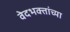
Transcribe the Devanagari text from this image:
वेदभक्तांच्या